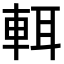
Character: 𨌀